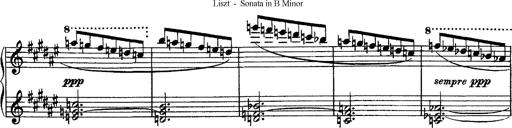
Title: Piano Sonata
Composer: Karl HÃ¤ssler
Key: C major